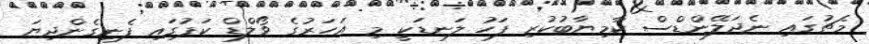
މެޗުގައި ނެދަލޭންޑްސް ކާމިޔާބުކުރި ފަހު ލަނޑަކީ މި އަހަރުގެ ވޯލްޑް ކަޕުގައި ފެނިގެންދިޔަ